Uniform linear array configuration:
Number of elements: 8
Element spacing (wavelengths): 0.5
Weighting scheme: hamming
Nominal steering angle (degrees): -60
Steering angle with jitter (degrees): -59.585
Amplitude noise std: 0.05
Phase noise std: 0.05

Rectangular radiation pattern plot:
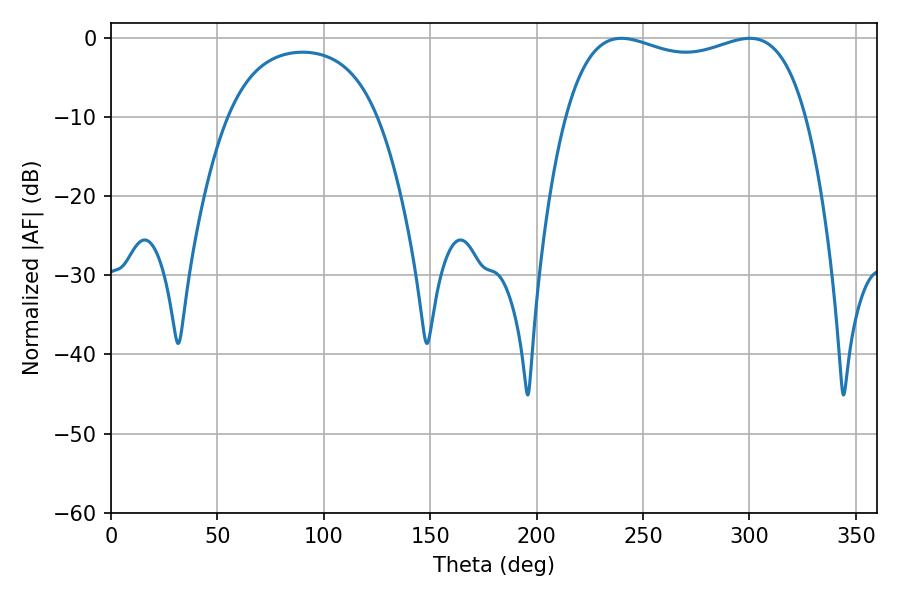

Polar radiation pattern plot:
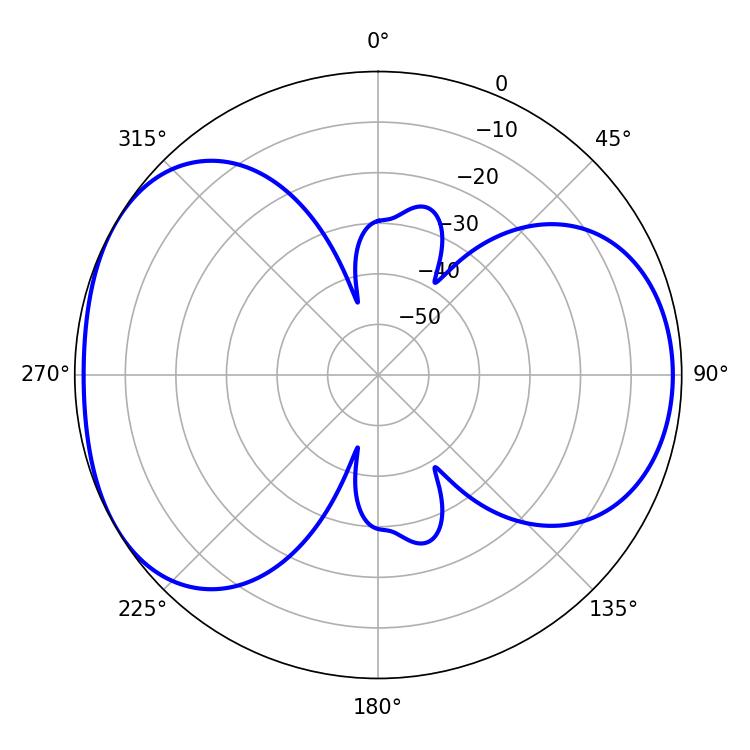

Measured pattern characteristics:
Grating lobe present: FALSE
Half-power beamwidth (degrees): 92.52
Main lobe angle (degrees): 239.76